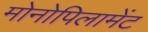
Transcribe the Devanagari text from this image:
मोनोपिलामेंट